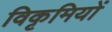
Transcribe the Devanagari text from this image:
विकृमियों